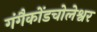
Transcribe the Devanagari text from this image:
गंगैकोंडचोलेश्वर